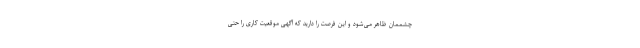
چشممان ظاهر می‌شود و این فرصت را دارید که آگهی موقعیت کاری را حتی